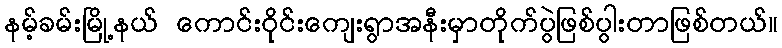
နမ့်ခမ်းမြို့နယ် ကောင်းဝိုင်းကျေးရွာအနီးမှာတိုက်ပွဲဖြစ်ပွါးတာဖြစ်တယ်။